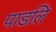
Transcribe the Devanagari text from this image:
पाडलि